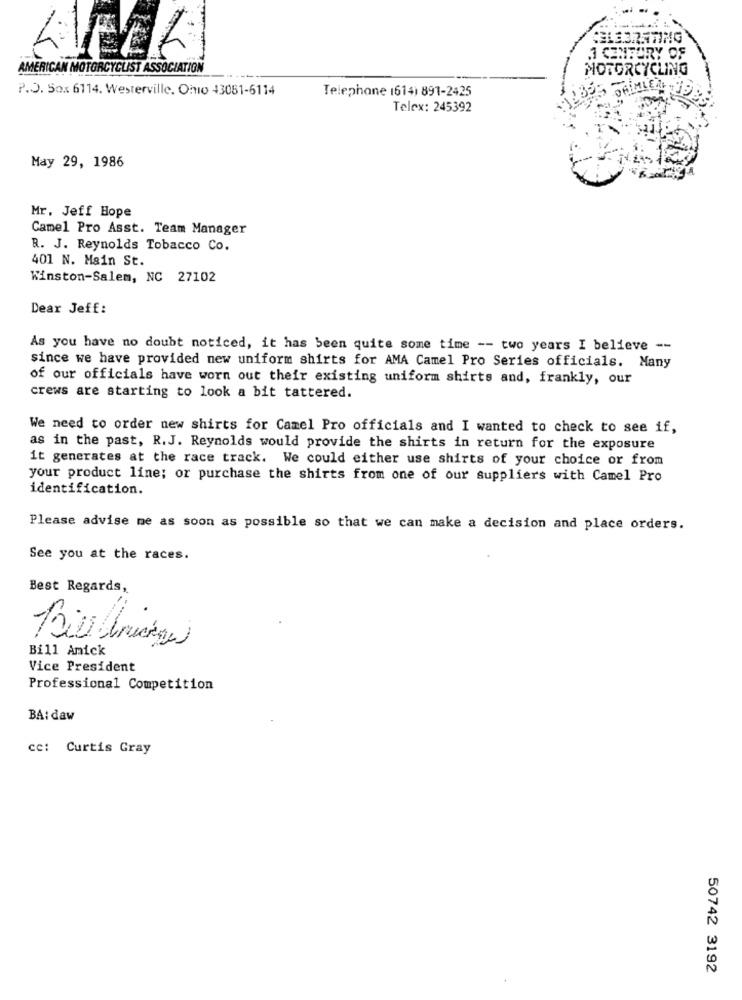
.1 CENFURY OF
AMERICAN MOTORCYCLIST ASSOCIATION
MOTORCYCLING
P.O. Sox 6114. Westerville. Ono 43081-6114
Telephone 1614) 891-2425
Telex: 245392
May 29, 1986
Mr. Jeff Hope
Camel Pro Asst. Team Manager
R. J. Reynolds Tobacco Co.
401 N. Main St.
Winston-Salem, NC 27102
Dear Jeff:
As you have no doubt noticed, it has been quite some time -- two years I believe --
since we have provided new uniform shirts for AMA Camel Pro Series officials. Many
of our officials have worn out their existing uniform shirts and, frankly, our
crews are starting to look a bit tattered.
We need to order new shirts for Camel Pro officials and I wanted to check to see if,
as in the past, R.J. Reynolds would provide the shirts in return for the exposure
it generates at the race track. We could either use shirts of your choice or from
your product line; or purchase the shirts from one of our suppliers with Camel Pro
identification.
Please advise me as soon as possible so that we can make a decision and place orders.
See you at the races.
Best Regards,
.
Bill Unionge
Bill Amick
Vice President
Professional Competition
BA: daw
cc: Curtis Gray
50742 3192